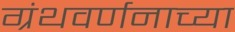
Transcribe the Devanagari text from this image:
ग्रंथवर्णनाच्या